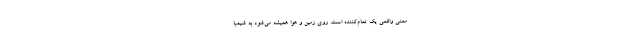
معنی واقعی یک تمام‌کننده است. روی زمین و هوا همیشه می‌شود به شیمبا